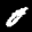
Label: 0